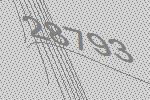
28793